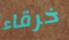
خرقاء